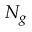
N _ { g }